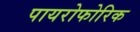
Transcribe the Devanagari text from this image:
पायरोफोरिक